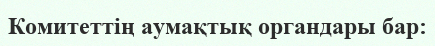
Комитеттің аумақтық органдары бар: